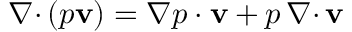
{ { \nabla \cdot } \, } ( p { \mathbf v } ) = \nabla p \cdot { \mathbf v } + p \, { { \nabla \cdot } \, } { \mathbf v }